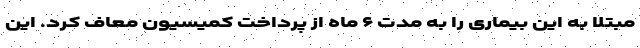
مبتلا به این بیماری را به مدت ۶ ماه از پرداخت کمیسیون معاف کرد. این